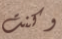
وكنت